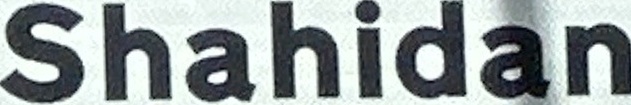
Shahidan